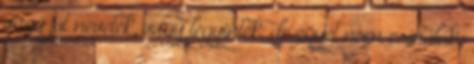
vagy jót nevetek, vagy legyintek, de egyet nem csinálok: